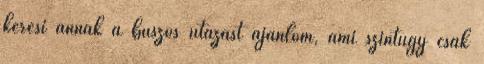
keresi annak a buszos utazást ajánlom, ami szintúgy csak